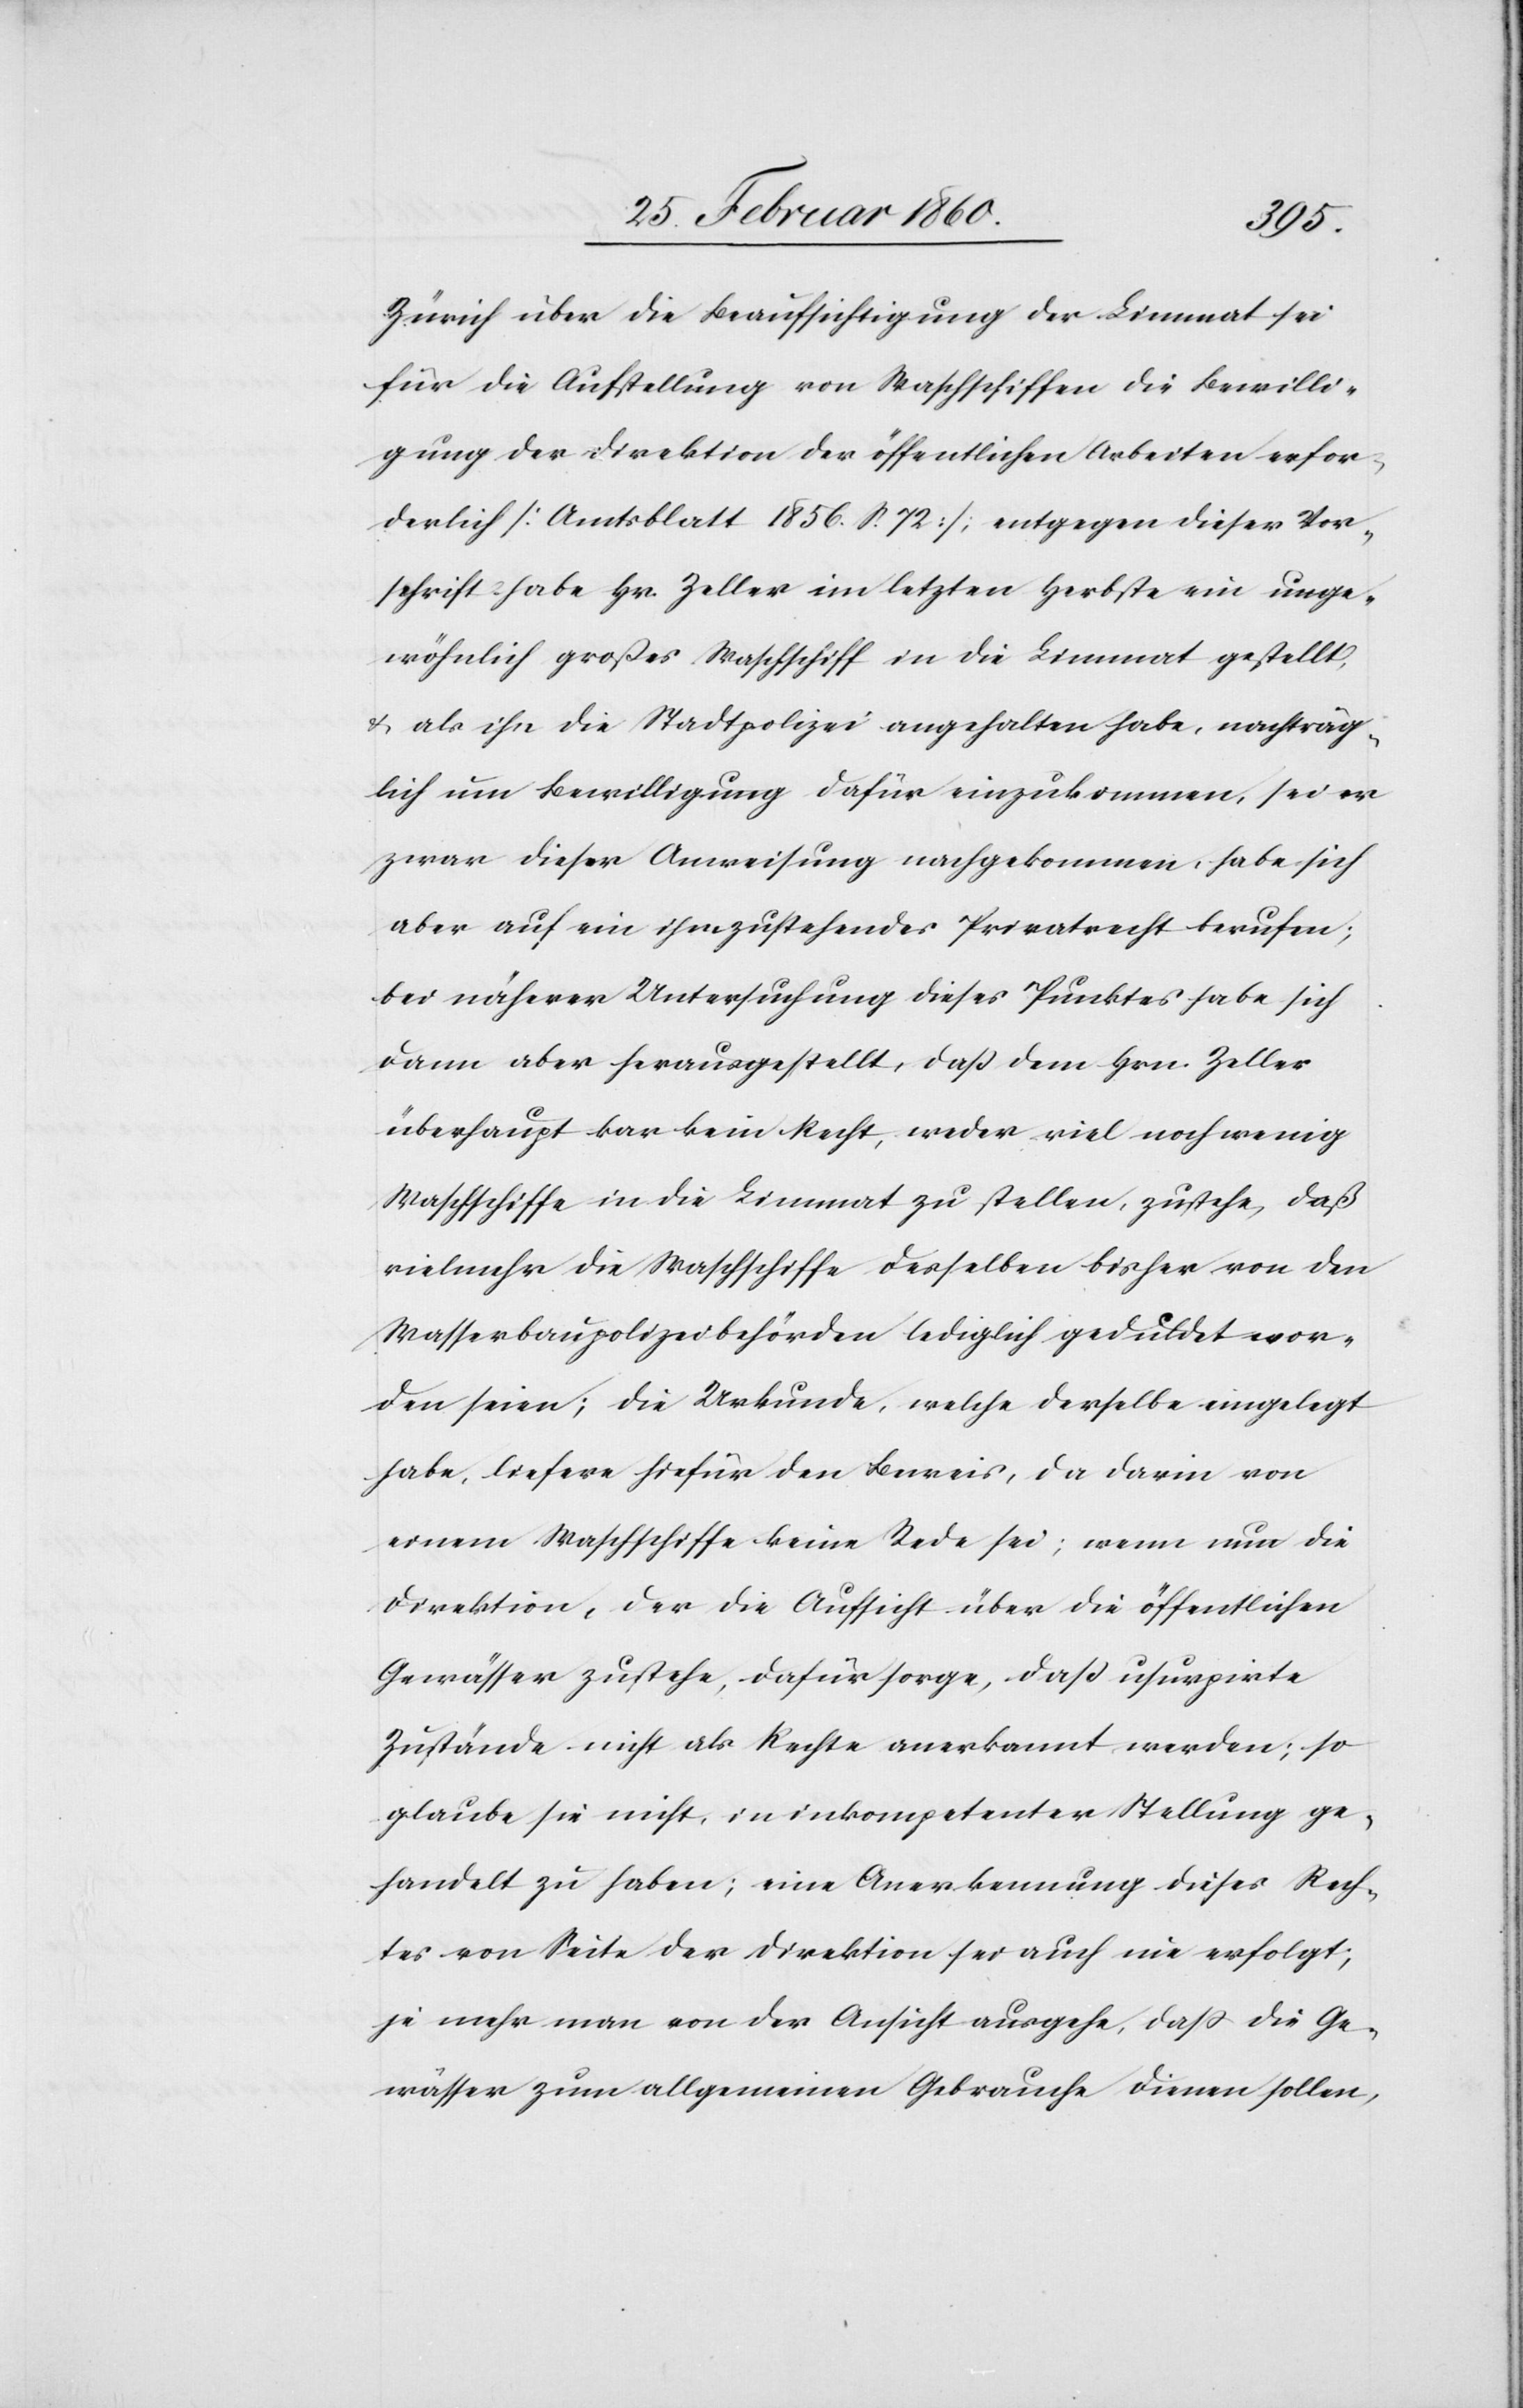
Zürich über die Beaufsichtigung der Limmat sei
für die Aufstellung von Waschschiffen die Bewilli¬
gung der Direktion der öffentlichen Arbeiten erfor¬
derlich [Amtsblatt 1856. S. 72] entgegen dieser Vor¬
schrift habe Hr. Zeller im letzten Herbste ein unge¬
wöhnlich großes Waschschiff in die Limmat gestellt,
u. als ihn die Stadtpolizei angehalten habe, nachträg¬
lich um Bewilligung dafür einzukommen, sei er
zwar dieser Anweisung nachgekommen, habe sich
aber auf ein ihm zustehendes Privatrecht berufen;
bei näherer Untersuchung dieses Punktes habe sich
dann aber herausgestellt, dass dem Hrn. Zeller
überhaupt kar [sic!] kein Recht, weder viel noch wenig
Waschschiffe in die Limmat zu stellen, zustehe, daß
vielmehr die Waschschiffe desselben bisher von den
Wasserbaupolizeibehörden lediglich geduldet wor¬
den seien; die Urkunde, welche derselbe eingelegt
habe, liefere hiefür den Beweis, da darin von
einem Waschschiffe keine Rede sei; wenn nun die
Direktion, der die Aufsicht über die öffentlichen
Gewässer zustehe, dafür sorge, dass usurpirte
Zustände nicht als Rechte anerkannt werden, so
glaube sie nicht, in inkompetenter Stellung ge¬
handelt zu haben; eine Anerkennung dieses Rech¬
tes von Seite der Direktion sei auch nie erfolgt;
je mehr man von der Ansicht ausgehe, dass die Ge¬
wässer zum allgemeinen Gebrauche dienen sollen,